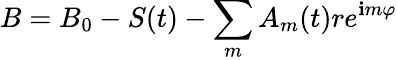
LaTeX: B=B_{0}-S(t)-\sum_{m}A_{m}(t)re^{\mathbf{i}m\varphi}